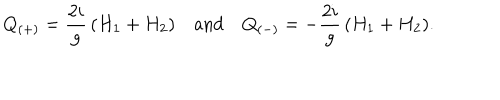
Q _ { ( + ) } = { \frac { 2 i } { g } } \, ( H _ { 1 } + H _ { 2 } ) \quad \mathrm { a n d } \quad Q _ { ( - ) } = - { \frac { 2 i } { g } } \, ( H _ { 1 } + H _ { 2 } ) .